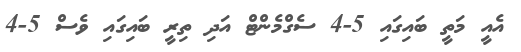
އެއީ މަތީ ބައިގައި 5-4 ސެގްމެންޓް އަދި ތިރީ ބައިގައި ވެސް 5-4